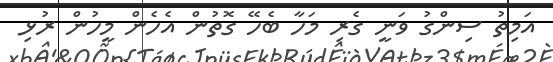
އަމިތު ސިންގު ވަނީ ގެރި މަހާ ބެހޭ ގޮތުން އެހެން މީހުން ރުޅި